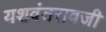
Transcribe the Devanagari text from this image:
यशवंतरावजी